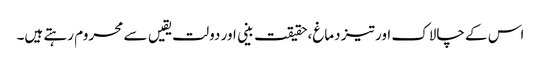
اس کے چالاک اور تیز دماغ،حقیقت بینی اور دولت یقیں سے محروم رہتے ہیں۔